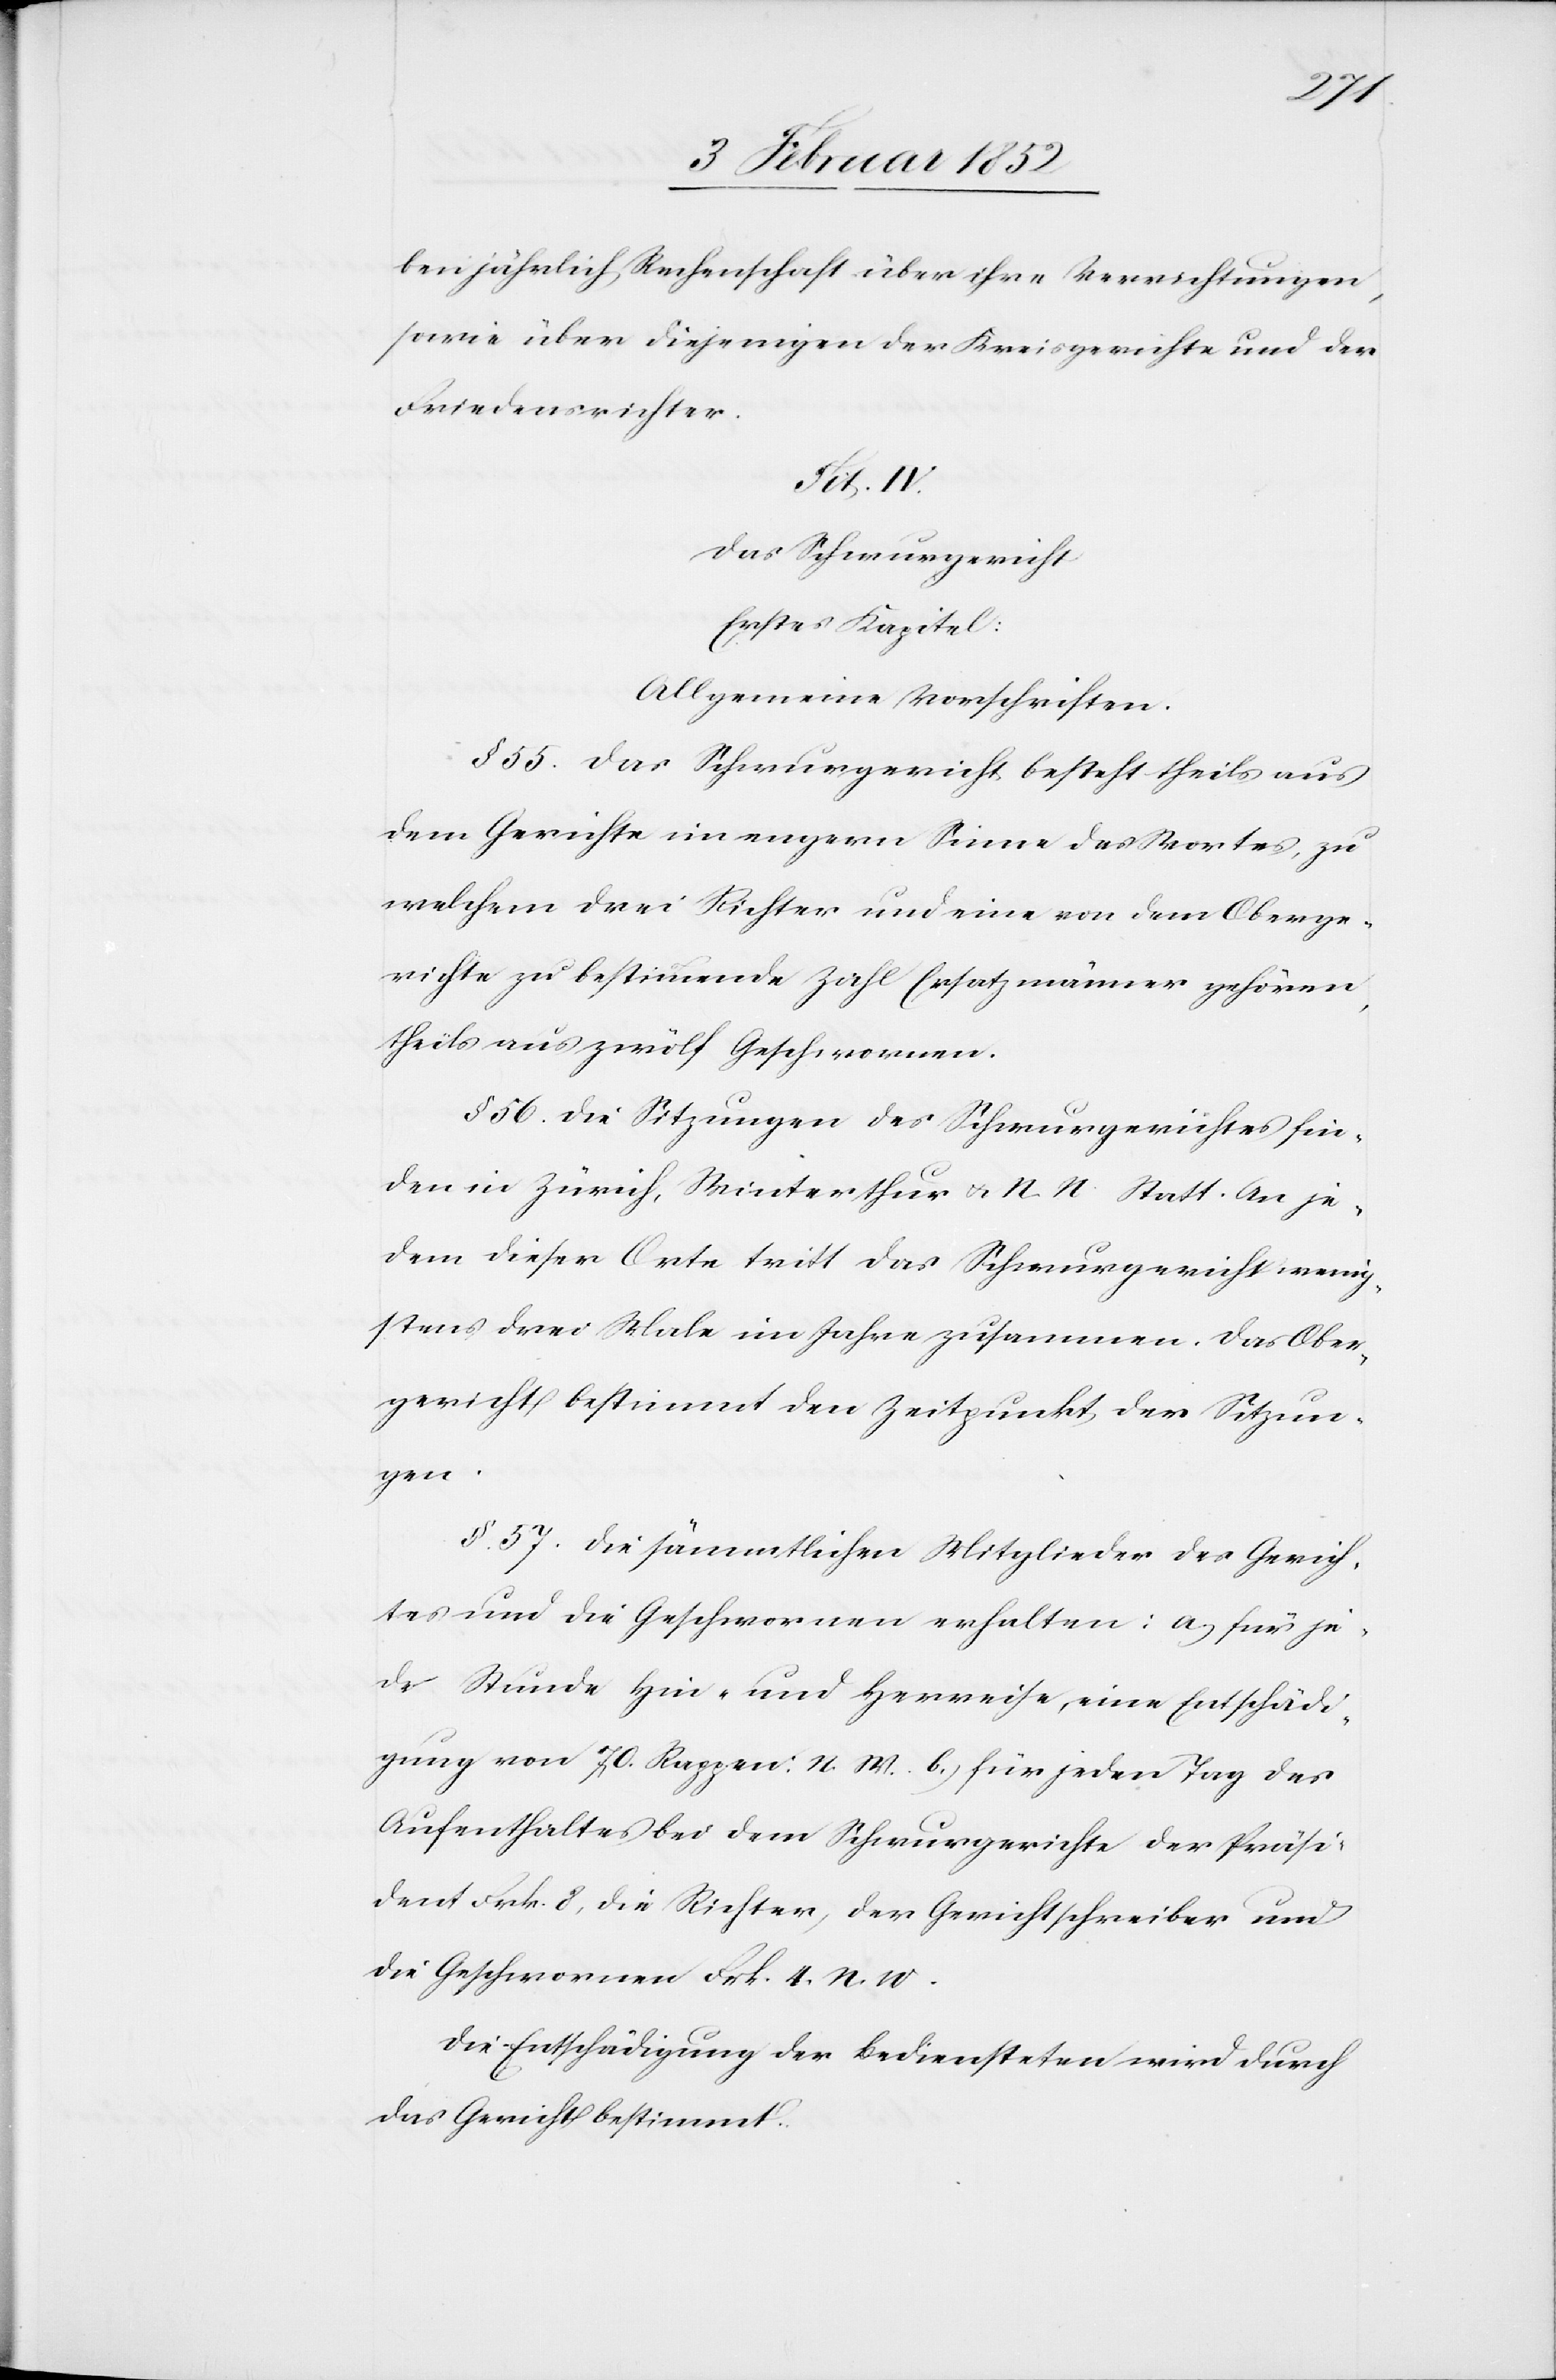
ben jährlich Rechenschaft über ihre Verrichtungen,
sowie über diejenigen der Kreisgerichte und der
Friedensrichter.
Tit. IV.
Das Schwurgericht.
Erstes Kapitel:
Allgemeine Vorschriften.
§ 55. Das Schwurgericht besteht theils aus
dem Gerichte im engern Sinne des Wortes, zu
welchem drei Richter und eine von dem Oberge¬
richte zu bestimmende Zahl Ersatzmänner gehören,
theils aus zwölf Geschworenen.
§ 56. Die Sitzungen des Schwurgerichtes fin¬
den in Zürich, Winterthur u. N. N. Statt. An je¬
dem dieser Orte tritt das Schwurgericht wenig¬
stens drei Male im Jahre zusammen. Das Ober¬
gericht bestimmt den Zeitpunkt der Sitzun¬
gen.
§. 57. Die Sämmtlichen Mitglieder des Gerich¬
tes und die Geschwornen erhalten: a.) für je¬
de Stunde Hin- und Herreise, eine Entschädi¬
gung von 70. Rappen: N. W. b.) für jeden Tag des
Aufenthaltes bei dem Schwurgerichte der Präsi¬
dent Frk. 8, die Richter, der Gerichtschreiber und
die Geschwornen Frk. 4 N. W.
Die Entschädigung der Bediensteten wird durch
das Gericht bestimmt.